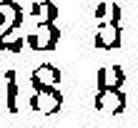
18 8